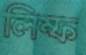
লিম্ফ